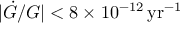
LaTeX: | \dot { G } / G | < 8 \times 1 0 ^ { - 1 2 } \, \mathrm { y r } ^ { - 1 }